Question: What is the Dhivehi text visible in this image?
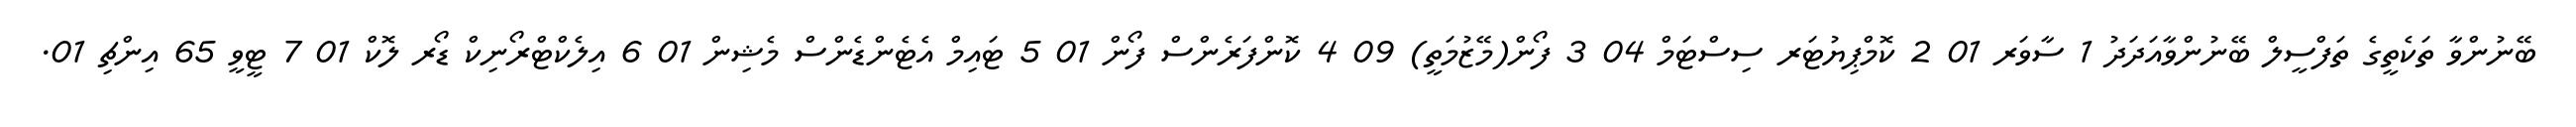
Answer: ބޭނުންވާ ތަކެތީގެ ތަފްސީލް ބޭނުންވާއަދަދު 1 ސާވަރ 01 2 ކޮމްޕިޔުޓަރ ސިސްޓަމް 04 3 ފޯން(މޭޒުމަތީ) 09 4 ކޮންފަރެންސް ފޯން 01 5 ޓައިމް އެޓެންޑެންސް މެޝިން 01 6 އިލެކްޓްރޯނިކް ޑޯރ ލޮކް 01 7 ޓީވީ 65 އިންޗި 01.